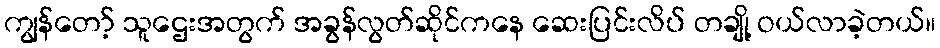
ကျွန်တော့် သူဌေးအတွက် အခွန်လွတ်ဆိုင်ကနေ ဆေးပြင်းလိပ် တချို့ ဝယ်လာခဲ့တယ်။